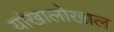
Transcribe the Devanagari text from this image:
यांखालोखाल